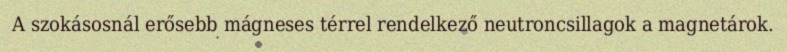
A szokásosnál erősebb mágneses térrel rendelkező neutroncsillagok a magnetárok.